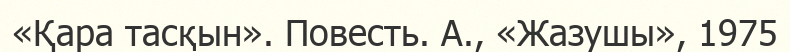
«Қара тасқын». Повесть. А., «Жазушы», 1975